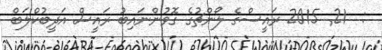
:  21